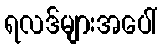
ရလဒ်များအပေါ်